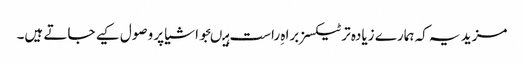
مزید یہ کہ ہمارے زیادہ تر ٹیکسز براہ ِراست ہیںجو اشیا پر وصول کیے جاتے ہیں۔